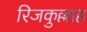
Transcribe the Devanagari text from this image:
रिजकुल्लाह